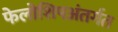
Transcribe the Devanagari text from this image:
फेलोशिपअंतर्गत